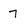
Character: 7